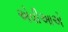
એવીઆએ